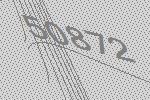
50872